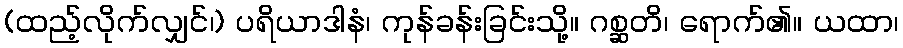
(ထည့်လိုက်လျှင်၊) ပရိယာဒါနံ၊ ကုန်ခန်းခြင်းသို့။ ဂစ္ဆတိ၊ ရောက်၏။ ယထာ၊